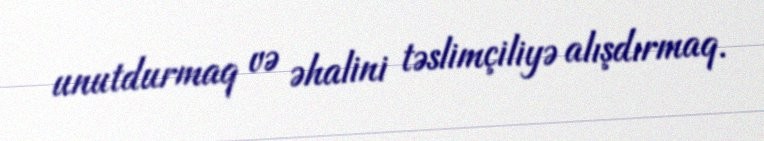
unutdurmaq və əhalini təslimçiliyə alışdırmaq.